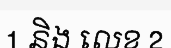
1 និង លេខ 2